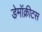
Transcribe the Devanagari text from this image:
डेमॉक्रीटस